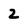
Character: 2